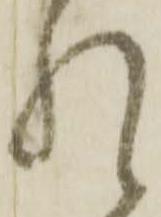
れ